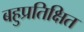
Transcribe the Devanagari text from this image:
बहुप्रतिक्षित